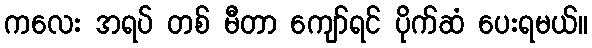
ကလေး အရပ် တစ် မီတာ ကျော်ရင် ပိုက်ဆံ ပေးရမယ်။